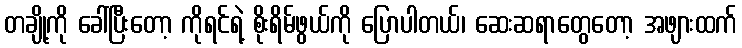
တချို့ကို ခေါ်ပြီးတော့ ကိုရင်ရဲ့ စိုးရိမ်ဖွယ်ကို ပြောပါတယ်၊ ဆေးဆရာတွေတော့ အဖျားထက်